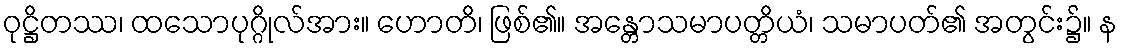
ဝုဋ္ဌိတဿ၊ ထသောပုဂ္ဂိုလ်အား။ ဟောတိ၊ ဖြစ်၏။ အန္တောသမာပတ္တိယံ၊ သမာပတ်၏ အတွင်း၌။ န